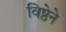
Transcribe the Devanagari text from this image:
विष्ठेने